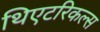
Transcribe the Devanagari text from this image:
थिएटरिकल्स